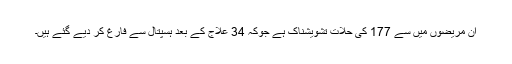
ان مریضوں میں سے 177 کی حلات تشویشناک ہے جوکہ 34 علاج کے بعد ہسپتال سے فارغ کر دیے گئے ہیں۔